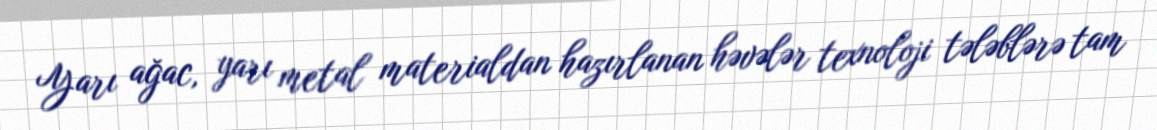
Yarı ağac, yarı metal materialdan hazırlanan həvələr texnoloji tələblərə tam